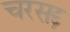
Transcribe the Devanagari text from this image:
चरसद्द